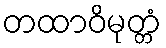
တထာဝိမုတ္တံ